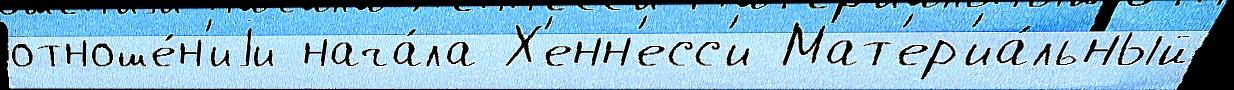
отноше́н'иjи нача́ла Х'енн'есс'и Мат'ер'иа́льный